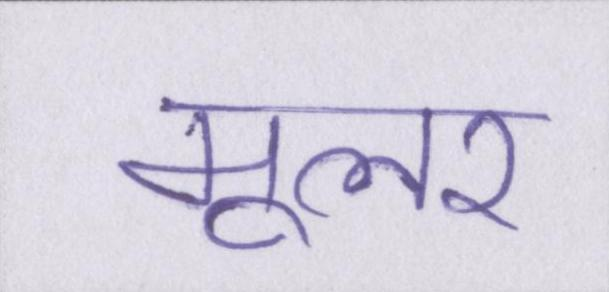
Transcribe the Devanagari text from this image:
मूलर